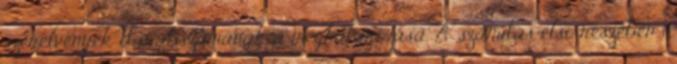
szerelvények darabszámának a meghatározása. A számítás elsõ részében 1